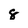
Character: 8